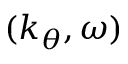
( k _ { \theta } , \omega )